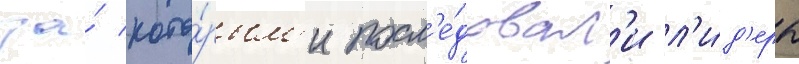
за́ кото́рым'и посл'е́довал'и л'и́д'еры